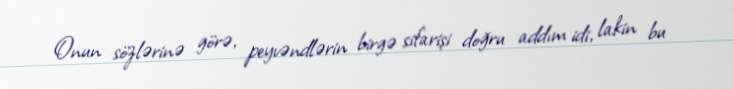
Onun sözlərinə görə, peyvəndlərin birgə sifarişi doğru addım idi, lakin bu